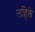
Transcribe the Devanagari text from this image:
लहिले